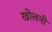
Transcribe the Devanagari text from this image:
खोलनी